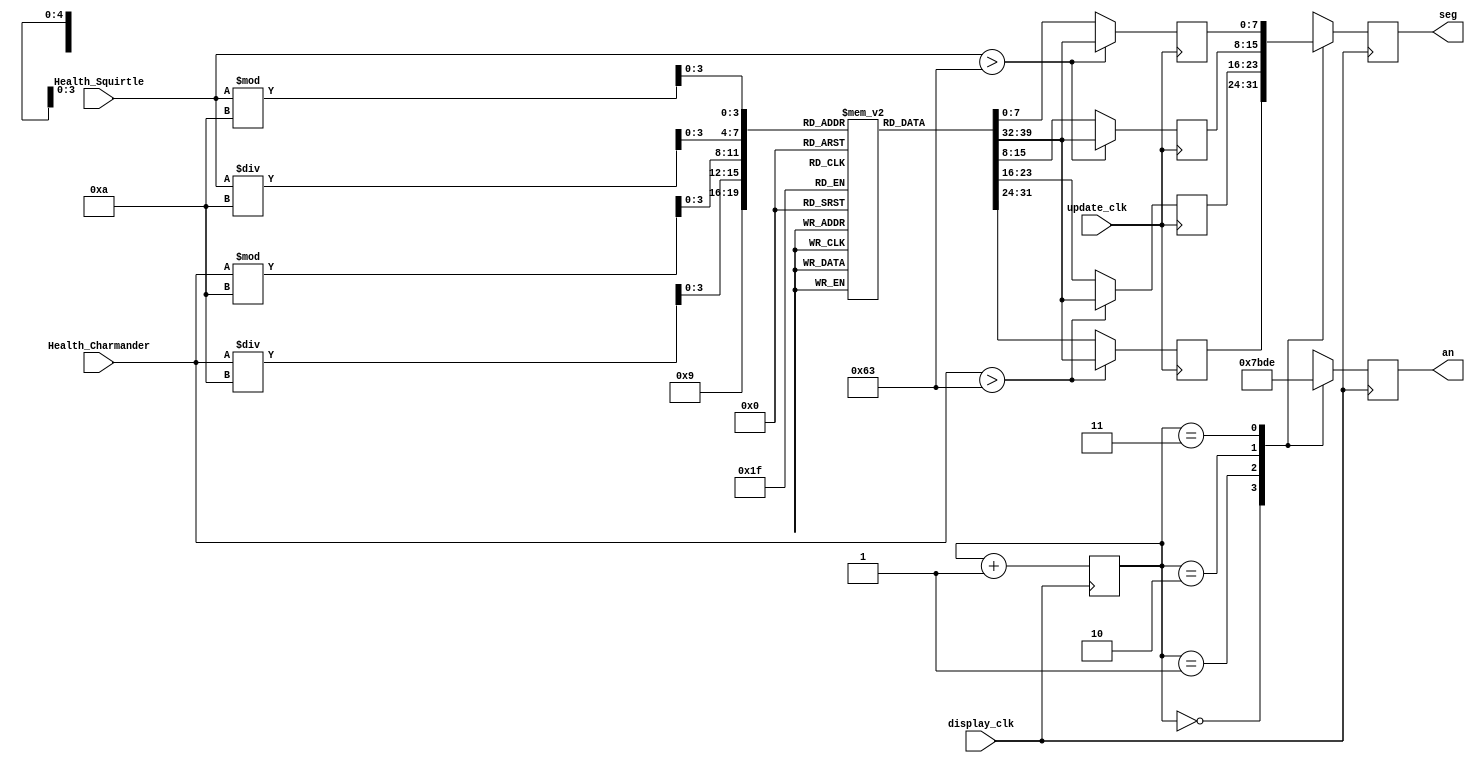
`timescale 1ns / 1ps
//////////////////////////////////////////////////////////////////////////////////
// Company: 
// Engineer: 
// 
// Design Name: 
// Module Name: Pokemon_Segment
// Project Name: 
// Target Devices: 
// Tool Versions: 
// Description: 
// 
// Dependencies: 
// 
// Revision:
// Revision 0.01 - File Created
// Additional Comments:
// 
//////////////////////////////////////////////////////////////////////////////////
   
module Pokemon_Segment(
    input display_clk, //400Hz
    input update_clk,  //Try 50Hz
    input [31:0] Health_Charmander,
    input [31:0] Health_Squirtle,
    output reg [3:0] an = 4'b1111,
    output reg [7:0] seg = 8'b11111_111
);
    reg [1:0] count = 2'b00;
    reg [7:0] segment [3:0]; //this variable array will be changed according to volume level
    reg [7:0] segment_const [13:0]; //this is a constant array (e.g. segment_const[4] is the 8-bit value that shows "4" on the display)
    initial begin //just to initialize segment_const
        segment_const[0] = 8'b11000000; // Number 0
        segment_const[1] = 8'b11111001;
        segment_const[2] = 8'b10100100;
        segment_const[3] = 8'b10110000;
        segment_const[4] = 8'b10011001;
        segment_const[5] = 8'b10010010;
        segment_const[6] = 8'b10000010;
        segment_const[7] = 8'b11111000;
        segment_const[8] = 8'b10000000;
        segment_const[9] = 8'b10010000;
        segment_const[10] = 8'b11000111; //Letter L
        segment_const[11] = 8'b11101010; //Letter M
        segment_const[12] = 8'b10001001; //Letter H
        segment_const[13] = 8'b10110110; //Just 3 horizontal lines
    end

    always @(posedge update_clk) begin
        if(Health_Charmander > 99) begin
            segment[0] <= segment_const[9];
            segment[1] <= segment_const[9];
        end else begin
            segment[0] <= segment_const[Health_Charmander/10];
            segment[1] <= segment_const[Health_Charmander%10];
        end
        if(Health_Squirtle > 99) begin
            segment[2] <= segment_const[9];
            segment[3] <= segment_const[9];
        end else begin
            segment[2] <= segment_const[Health_Squirtle/10];
            segment[3] <= segment_const[Health_Squirtle%10];
        end
    end

    always @(posedge display_clk) begin
        count <= count + 1;
        case (count)
        2'b00: begin
            an <= 4'b0111; 
            seg <= segment[0];
            end
        2'b01: begin
            an <= 4'b1011; 
            seg <= segment[1];
            end
        2'b10: begin
            an <= 4'b1101;
            seg <= segment[2];
            end
        2'b11: begin
            an <= 4'b1110;
            seg <= segment[3];
            end
        endcase
    end




endmodule